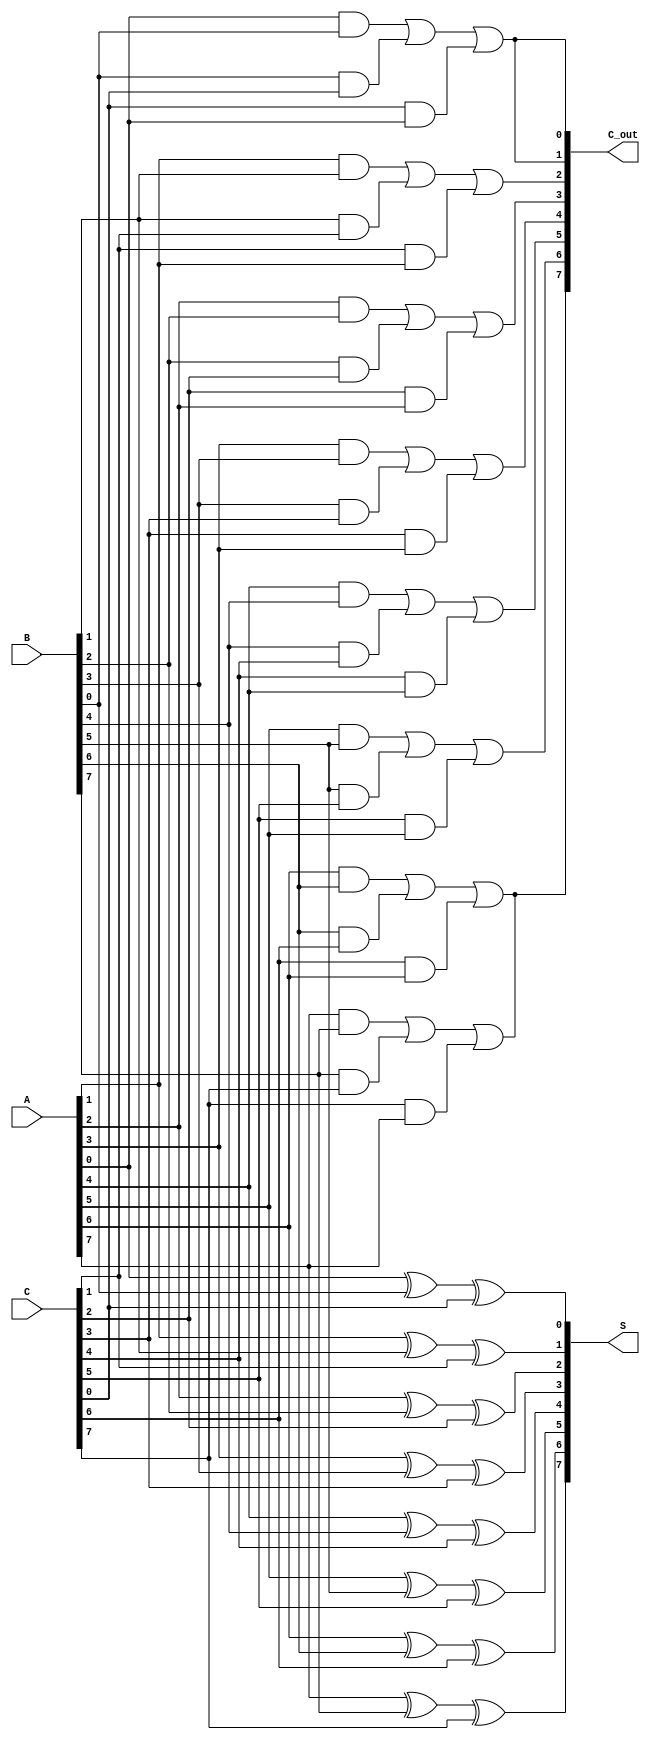
module RippleCarrySaveAdder #(parameter n = 8) (
    input  wire [n-1:0] A,      // First input
    input  wire [n-1:0] B,      // Second input
    input  wire [n-1:0] C,      // Third input
    output wire [n-1:0] S,      // Partial sum output
    output wire [n-1:0] C_out    // Carry output
);

    // Internal carry signals
    wire [n-1:0] carry;

    // Generate partial sums and carries
    genvar i; 
    generate
        for (i = 0; i < n; i = i + 1) begin : adder_bits
            // Partial sum
            assign S[i] = A[i] ^ B[i] ^ C[i];

            // Carry logic
            assign carry[i] = (A[i] & B[i]) | (B[i] & C[i]) | (C[i] & A[i]);

            // Carry propagation to the next bit (except for the last bit)
            if (i != 0) begin
                assign C_out[i] = carry[i-1];  // Previous carry
            end else begin
                assign C_out[i] = carry[i];     // The carry for the first bit
            end
        end
    endgenerate

    // Last carry output is the carry from the last bit
    assign C_out[n-1] = carry[n-1];

endmodule